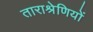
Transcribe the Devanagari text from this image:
ताराश्रेणियों